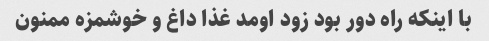
با اینکه راه دور بود زود اومد غذا داغ و خوشمزه ممنون